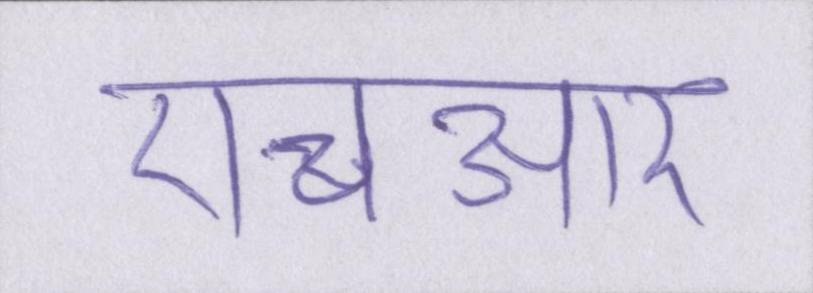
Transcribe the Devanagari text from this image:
एचआर